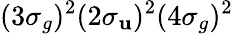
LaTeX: (3\sigma_{g})^{2}(2\sigma_{\mathbf{u}})^{2}(4\sigma_{g})^{2}